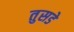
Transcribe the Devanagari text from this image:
तुसडे